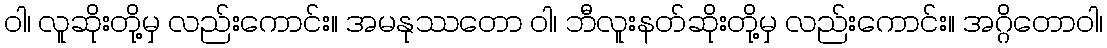
ဝါ၊ လူဆိုးတို့မှ လည်းကောင်း။ အမနုဿတော ဝါ၊ ဘီလူးနတ်ဆိုးတို့မှ လည်းကောင်း။ အဂ္ဂိတောဝါ၊